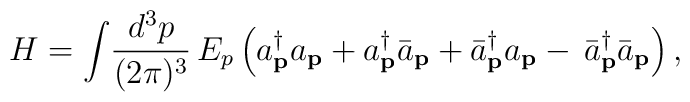
H =  \int\! \frac{d^{3}p}{(2\pi)^3}\,E_{p} \left(a^{\dag}_{\bf p}a_{\bf p} + a^{\dag}_{\bf p}{\bar a}_{\bf p} +{\bar a}^{\dag}_{\bf p}a_{\bf p} -\, {\bar a}^{\dag}_{\bf p}{\bar a}_{\bf p}\right) ,